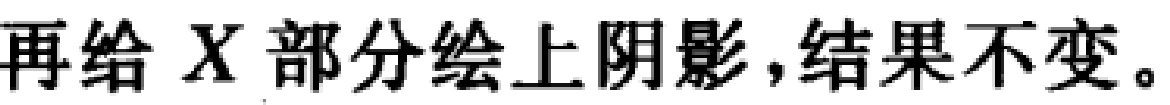
再给 \(X\) 部分绘上阴影,结果不变。